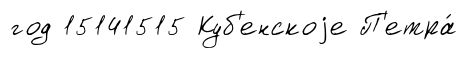
год 15141515 Куб'енскоjе П'етра́